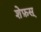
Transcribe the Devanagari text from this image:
शेफ़स्